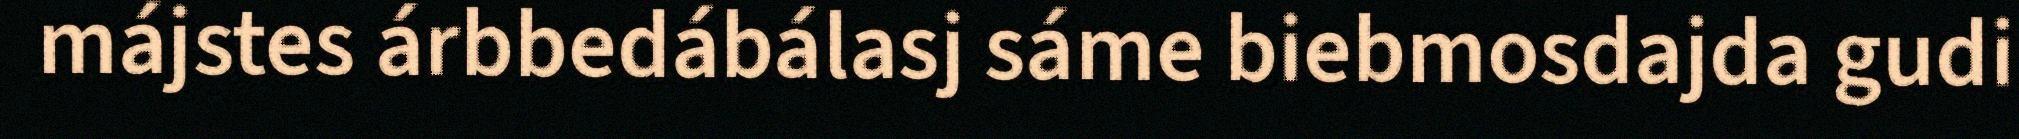
májstes árbbedábálasj sáme biebmosdajda gudi